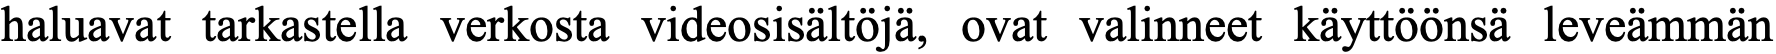
haluavat tarkastella verkosta videosisältöjä, ovat valinneet käyttöönsä leveämmän